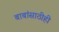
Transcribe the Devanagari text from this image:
बाबांसाठीही